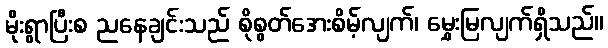
မိုးရွာပြီးစ ညနေချင်းသည် စိုစွတ်အေးစိမ့်လျက်၊ မွှေးမြလျက်ရှိသည်။